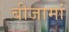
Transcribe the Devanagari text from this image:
बीजामां